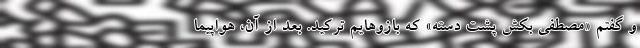
و گفتم «مصطفی بِکِش پشت دسته» که بازوهایم ترکید. بعد از آن، هواپیما